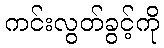
ကင်းလွတ်ခွင့်ကို